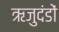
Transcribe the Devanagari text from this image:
ऋजुदंडों